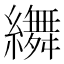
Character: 𦆞